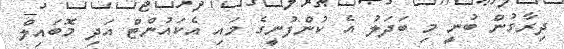
ދިރާގުން ބުނީ މި ބަދަލު އެ ކުންފުނީގެ މައި އެކައުންޓް އަދި މޮބައިލް